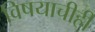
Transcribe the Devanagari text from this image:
विषयाचीही